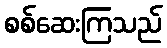
စစ်ဆေးကြသည်